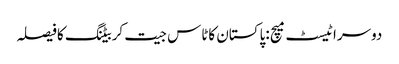
دوسراٹیسٹ میچ :پاکستان کاٹاس جیت کربیٹنگ کافیصلہ